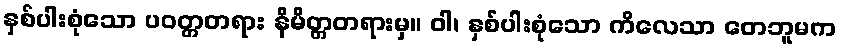
နှစ်ပါးစုံသော ပဝတ္တတရား နိမိတ္တတရားမှ။ ဝါ၊ နှစ်ပါးစုံသော ကိလေသာ တေဘူမက